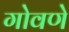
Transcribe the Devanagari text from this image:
गोवणे